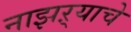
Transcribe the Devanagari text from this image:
नाझऱ्याचे